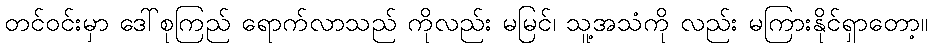
တင်ဝင်းမှာ ဒေါ်စုကြည် ရောက်လာသည် ကိုလည်း မမြင်၊ သူ့အသံကို လည်း မကြားနိုင်ရှာတော့။